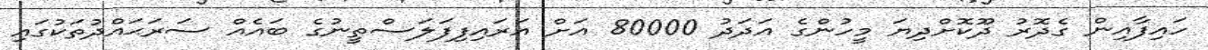
ހައިފާއިން ގެދޮރު ދޫކޮށްދިޔަ މީހުންގެ އަދަދު 80000 އަށް އަރައިފިފަލަސްތީނުގެ ބައެއް ސަރަޙައްދުތަކުގައި